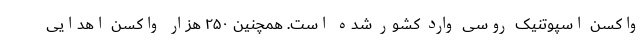
واکسن اسپوتنیک روسی وارد کشور شده است. همچنین ۲۵۰ هزار واکسن اهدایی